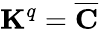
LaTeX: \mathbf{K}^{q}=\overline{{\mathbf{C}}}